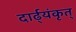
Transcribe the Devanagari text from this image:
दार्ढ्‌यंकृत्